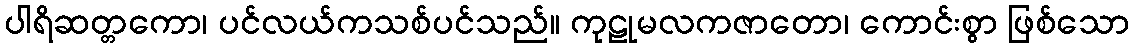
ပါရိဆတ္တကော၊ ပင်လယ်ကသစ်ပင်သည်။ ကုဠုမလကဇာတော၊ ကောင်းစွာ ဖြစ်သော